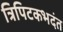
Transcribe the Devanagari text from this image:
त्रिपिटकभदंत